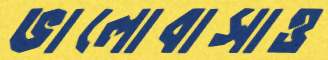
ভালোবাসাও